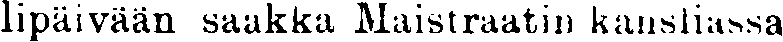
lipäivään saakka Maistraatin kansliassa